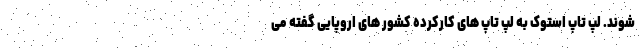
شوند. لپ تاپ استوک به لپ تاپ های کارکرده کشور های اروپایی گفته می